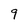
Character: 9